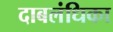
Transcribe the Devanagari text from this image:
दाबलंधिका